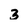
Character: 3